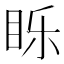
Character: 䀥